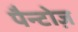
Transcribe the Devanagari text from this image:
पैन्टोज़